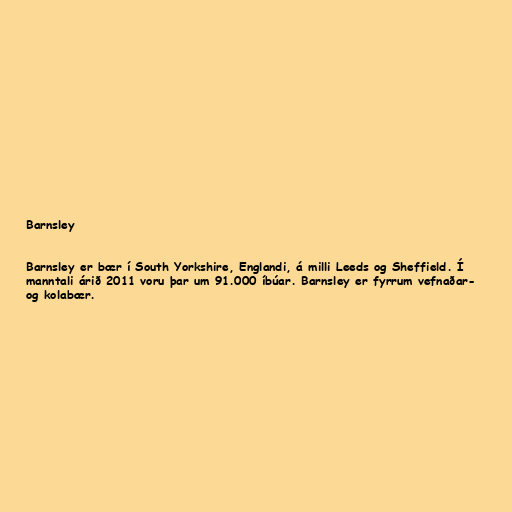
Barnsley

Barnsley er bær í South Yorkshire, Englandi, á milli Leeds og Sheffield. Í
manntali árið 2011 voru þar um 91.000 íbúar. Barnsley er fyrrum vefnaðar-
og kolabær.